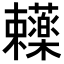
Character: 𬟥